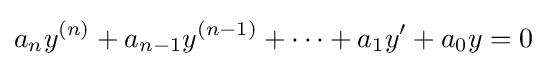
a_{n}y^{(n)}+a_{n-1}y^{(n-1)}+\cdots +a_{1}y'+a_{0}y=0